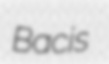
Bacis